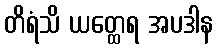
တိရံသိ ယတ္ထေရ အပဒါန